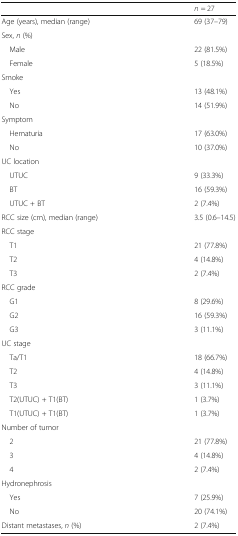
<table><thead><tr><td></td><td><b><i>n</i> = 27</b></td></tr></thead><tbody><tr><td>Age (years), median (range)</td><td>69 (37–79)</td></tr><tr><td colspan="2">Sex, <i>n</i> (%)</td></tr><tr><td> Male</td><td>22 (81.5%)</td></tr><tr><td> Female</td><td>5 (18.5%)</td></tr><tr><td colspan="2">Smoke</td></tr><tr><td> Yes</td><td>13 (48.1%)</td></tr><tr><td> No</td><td>14 (51.9%)</td></tr><tr><td colspan="2">Symptom</td></tr><tr><td> Hematuria</td><td>17 (63.0%)</td></tr><tr><td> No</td><td>10 (37.0%)</td></tr><tr><td colspan="2">UC location</td></tr><tr><td> UTUC</td><td>9 (33.3%)</td></tr><tr><td> BT</td><td>16 (59.3%)</td></tr><tr><td> UTUC + BT</td><td>2 (7.4%)</td></tr><tr><td>RCC size (cm), median (range)</td><td>3.5 (0.6–14.5)</td></tr><tr><td colspan="2">RCC stage</td></tr><tr><td> T1</td><td>21 (77.8%)</td></tr><tr><td> T2</td><td>4 (14.8%)</td></tr><tr><td> T3</td><td>2 (7.4%)</td></tr><tr><td colspan="2">RCC grade</td></tr><tr><td> G1</td><td>8 (29.6%)</td></tr><tr><td> G2</td><td>16 (59.3%)</td></tr><tr><td> G3</td><td>3 (11.1%)</td></tr><tr><td colspan="2">UC stage</td></tr><tr><td> Ta/T1</td><td>18 (66.7%)</td></tr><tr><td> T2</td><td>4 (14.8%)</td></tr><tr><td> T3</td><td>3 (11.1%)</td></tr><tr><td> T2(UTUC) + T1(BT)</td><td>1 (3.7%)</td></tr><tr><td> T1(UTUC) + T1(BT)</td><td>1 (3.7%)</td></tr><tr><td colspan="2">Number of tumor</td></tr><tr><td> 2</td><td>21 (77.8%)</td></tr><tr><td> 3</td><td>4 (14.8%)</td></tr><tr><td> 4</td><td>2 (7.4%)</td></tr><tr><td colspan="2">Hydronephrosis</td></tr><tr><td> Yes</td><td>7 (25.9%)</td></tr><tr><td> No</td><td>20 (74.1%)</td></tr><tr><td>Distant metastases, <i>n</i> (%)</td><td>2 (7.4%)</td></tr></tbody></table>